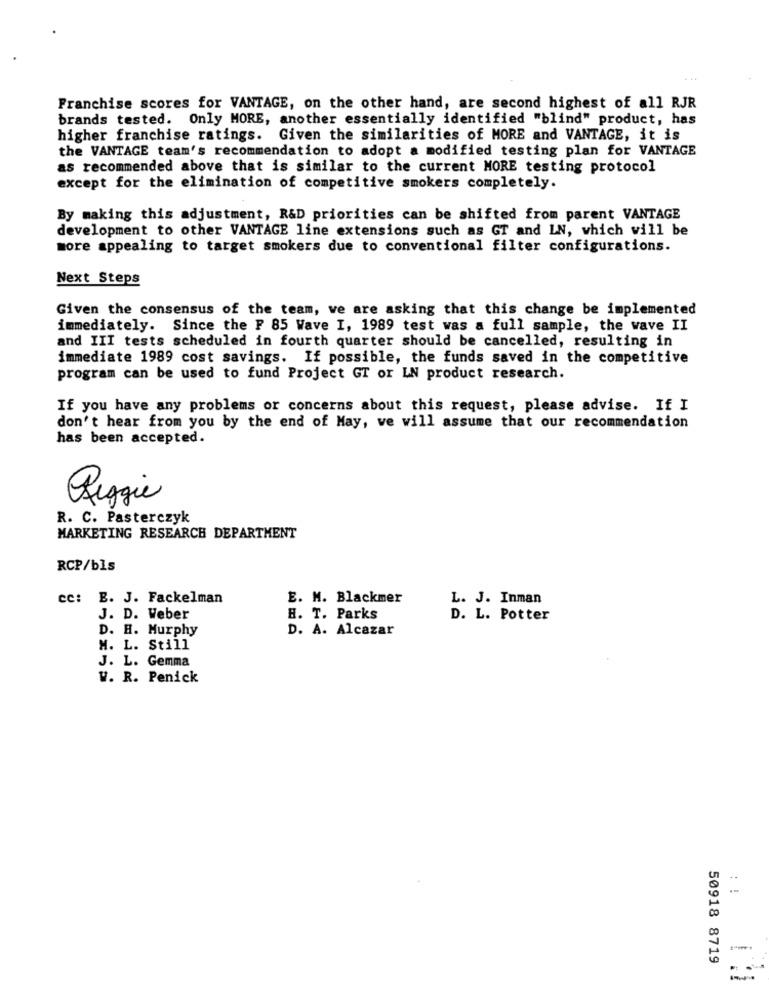
Franchise scores for VANTAGE, on the other hand, are second highest of all RJR
brands tested. Only MORE, another essentially identified "blind" product, has
higher franchise ratings. Given the similarities of MORE and VANTAGE, it is
the VANTAGE team's recommendation to adopt a modified testing plan for VANTAGE
as recommended above that is similar to the current MORE testing protocol
except for the elimination of competitive smokers completely.
By making this adjustment, R&D priorities can be shifted from parent VANTAGE
development to other VANTAGE line extensions such as GT and LN, which will be
more appealing to target smokers due to conventional filter configurations.
Next Steps
Given the consensus of the team, we are asking that this change be implemented
immediately. Since the F 85 Wave I, 1989 test was a full sample, the wave II
and III tests scheduled in fourth quarter should be cancelled, resulting in
immediate 1989 cost savings. If possible, the funds saved in the competitive
program can be used to fund Project GT or LN product research.
If you have any problems or concerns about this request, please advise. If I
don't hear from you by the end of May, we will assume that our recommendation
has been accepted.
Reggie
R. C. Pasterczyk
MARKETING RESEARCH DEPARTMENT
RCP/bls
cc: E. J. Fackelman
E. M. Blackmer
L. J. Inman
J. D. Weber
H. T. Parks
D. L. Potter
D. H. Murphy
D. A. Alcazar
M. L. Still
J. L. Gemma
W. R. Penick
..
50918 8719